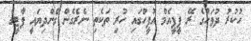
ހުކުރު ދުވަހުގެ ރޭ ޕީޕީއެމް އޮފީހުގައި ހުރި ތަކެތި ނެރެގެން ގެންދިޔައީ ޕާޓީގެ